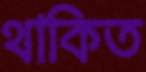
থাকিত